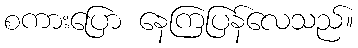
စကားပြော နေကြပြန်လေသည်။